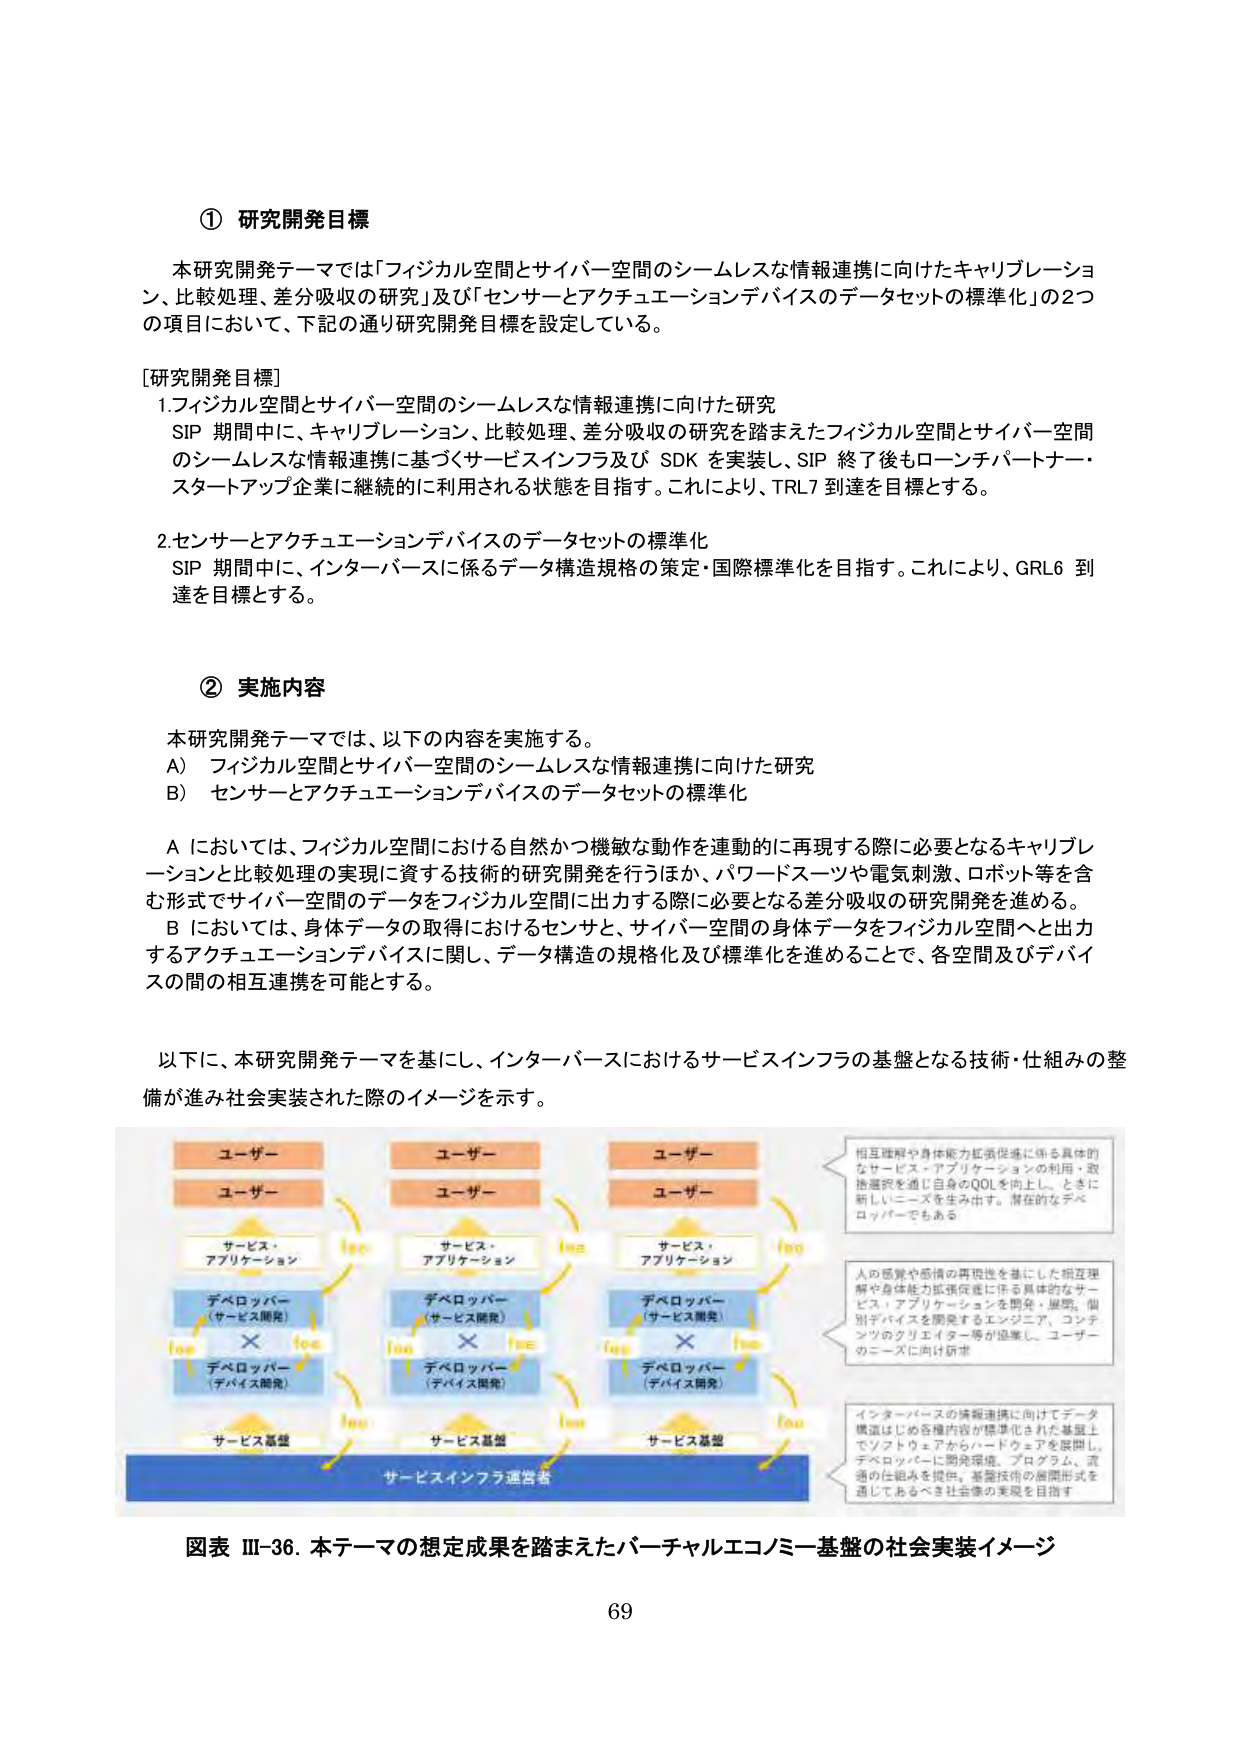
① 研究開発目標

本研究開発テーマでは「フィジカル空間とサイバー空間のシームレスな情報連携に向けたキャリブレーション、比較処理、差分吸収の研究」及び「センサーとアクチュエーションデバイスのデータセットの標準化」の2つの項目において、下記の通り研究開発目標を設定している。

[研究開発目標]
1. フィジカル空間とサイバー空間のシームレスな情報連携に向けた研究
SIP 期間中に、キャリブレーション、比較処理、差分吸収の研究を踏まえたフィジカル空間とサイバー空間のシームレスな情報連携に基づくサービスインフラ及び SDK を実装し、SIP 終了後もローンチパートナー・スタートアップ企業に継続的に利用される状態を目指す。これにより、TRL7 到達を目標とする。

2. センサーとアクチュエーションデバイスのデータセットの標準化
SIP 期間中に、インターバースに係るデータ構造規格の策定・国際標準化を目指す。これにより、GRL6 到達を目標とする。

② 実施内容

本研究開発テーマでは、以下の内容を実施する。
A） フィジカル空間とサイバー空間のシームレスな情報連携に向けた研究
B） センサーとアクチュエーションデバイスのデータセットの標準化

A においては、フィジカル空間における自然かつ機敏な動作を連動的に再現する際に必要となるキャリブレーションと比較処理の実現に資する技術の研究開発を行うほか、パワードスーツや電気刺激、ロボット等を含む形式でサイバー空間のデータをフィジカル空間に出力する際に必要となる差分吸収の研究開発を進める。
B においては、身体データの取得におけるセンサと、サイバー空間の身体データをフィジカル空間へと出力するアクチュエーションデバイスに関し、データ構造の規格化及び標準化を進めることで、各空間及びデバイスの間の相互連携を可能とする。

以下に、本研究開発テーマを基にし、インターバースにおけるサービスインフラの基盤となる技術・仕組みの整備が進み社会実装された際のイメージを示す。

[図表]
ユーザー
ユーザー
サービス・
アプリケーション
デベロッパー
(サービス開発)
×
デベロッパー
(デバイス開発)
サービス基盤
サービスインフラ運営者

ユーザー
ユーザー
サービス・
アプリケーション
デベロッパー
(サービス開発)
×
デベロッパー
(デバイス開発)
サービス基盤

ユーザー
ユーザー
サービス・
アプリケーション
デベロッパー
(サービス開発)
×
デベロッパー
(デバイス開発)
サービス基盤

相互理解や身体能力拡張促進に係る具体的なサービス・アプリケーションの利用・取捨選択を通じ自身のQOLを向上し、ときに新しいニーズを生み出す。潜在的なデベロッパーでもある

人の感覚や感情の再現性を基にした相互理解や身体能力拡張促進に係る具体的なサービス・アプリケーションを開発・展開。個別デバイスを開発するエンジニア、コンテンツのクリエイター等が協業し、ユーザーのニーズに向け訴求

インターバースの情報連携に向けてデータ構造はじめ各種内容が標準化された基盤上でソフトウェアからハードウェアを展開し、デベロッパーに開発環境、プログラム、流通の仕組みを提供。基盤技術の展開形式を通じておるべき社会像の実現を目指す

図表 III-36. 本テーマの想定成果を踏まえたバーチャルエコノミー基盤の社会実装イメージ

69